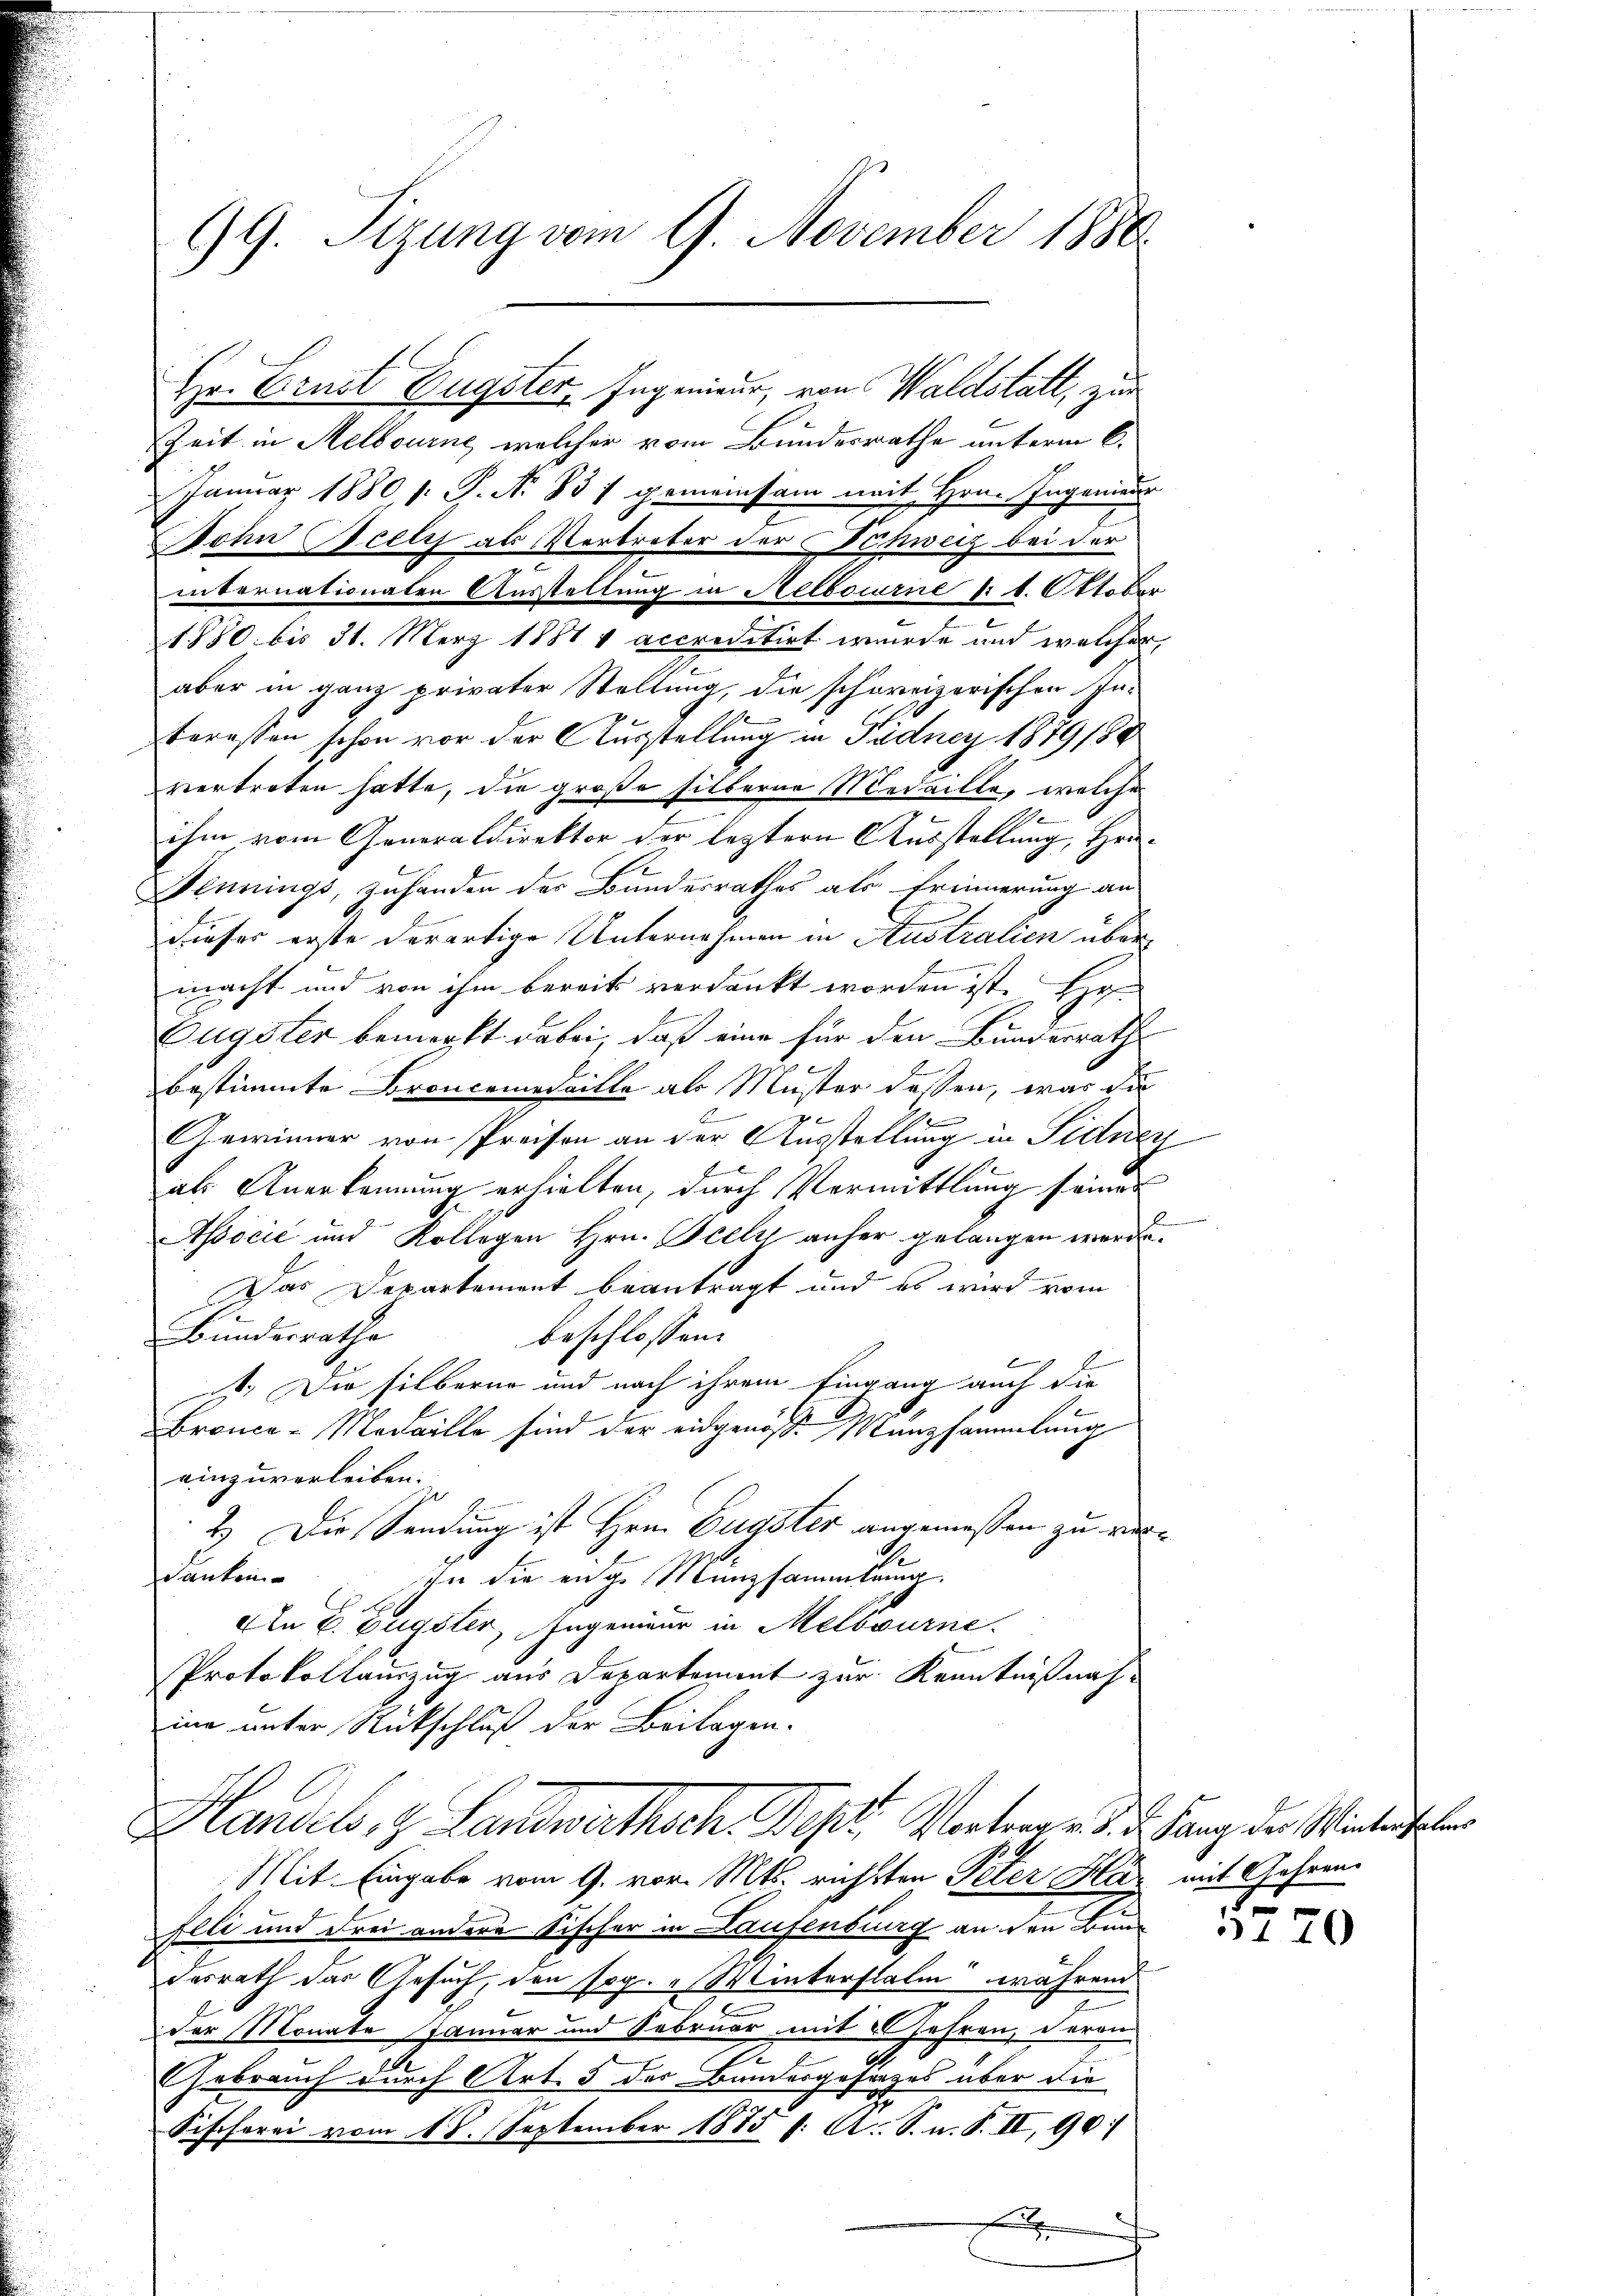
99. Sizung vom 9. November 1888.
Hr. Ernst Eugster, Ingenieur, von Waldstatt, zur

Zeit in Melbourne, welcher vom Bundesrathe unterm 6.
Januar 1880, 1. P. Nr. Bd. 1 gemeinsam mit Hrn. Ingenieur
ohn Seelis als Vertreter der Schweiz bei der
internationaten Ausstellung in Melborne 14. Oktober
1850 bis 31. März 1881 v accreditirt wurde und welcher,
2
aber in ganz privater Stellung, die schoreizerischen In-
teressen schon vor der Ausstellung in Pädney 1879180
vertreten hatte, die große silberne Medaille, welche
2
ihm vom Generaldirektor der leztern Ausstellung, Hrn.
Bennings, zuhanden des Bundesrathes als Erinnerung an
dieser erste derartige Unternehmen in Australien über¬

macht und von ihm bereits verdankt worden ist. Ho
Eugster bemerkt dabei, daß eine für den Bundesrath
bestimmte Broncemedaille als Muster dessen, was die
I
Gewinner von Preisen an der Ausstellung in Fidnen
als Anerkennung erhielten, durch Vermittlung seines
Associć und Kollegen Hrn. Belly anher gelangen werden.
Das Departement beantragt und es wird vom
Bundesrathe
beschlossen:
it. Die silberne und nach ihrem Eingang auch die
Bronce-Medaille sind der eidgenösse Münzsammlung
einzuverleiben.
2.) Die Sendung ist Hrn. Eugster angemessen zu verdanken
ihn die eige Münzsammlung
An E. Eugster, Ingenieur in Melbourne
Protokollamzug aus Departement zur Kenntnißnahine unter Rückschluß der Beilagen.
Handels- & Landwirthsch. Dept, Vortrag d. d. Ganz der Wintersteler
Mit Eingabe vom 9. vor. Mts. rührten Peter Har mit Gehren¬
Elli und drei andere Tischer in Laufenburg an den Bundesrath das Gesuch, den sog. Winterstate während
der Monate Januar und Februar mit Lehren, deran
e
2
Gebrauch durch Art. 3 des Bundesgesanzes über die
c
Sischorei vom 18. September 1875 f. A. S. n. F. II, 90

.

5770